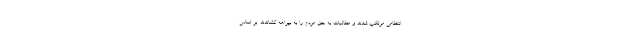
انتظامی مرتکب شدند و مطالبات به حق مردم را به بیراهه کشاندند. بر اساس